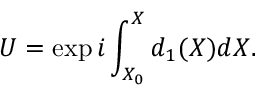
U = \exp { i \int _ { X _ { 0 } } ^ { X } d _ { 1 } ( X ) d X } .